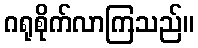
ဂရုစိုက်လာကြသည်။